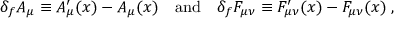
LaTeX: \delta _ { f } A _ { \mu } \equiv A _ { \mu } ^ { \prime } ( x ) - A _ { \mu } ( x ) \quad \mathrm { a n d } \quad \delta _ { f } F _ { \mu \nu } \equiv F _ { \mu \nu } ^ { \prime } ( x ) - F _ { \mu \nu } ( x ) \; ,